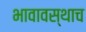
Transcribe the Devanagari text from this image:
भावावस्थाच